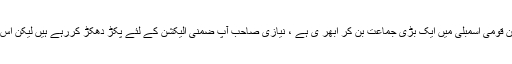
ان کاکہنا تھا کہ مسلم لیگ ن قومی اسمبلی میں ایک بڑی جماعت بن کر ابھر ی ہے ، نیازی صاحب آپ ضمنی الیکشن کے لئے پکڑ دھکڑ کررہے ہیں لیکن اس طرح حکومتیں نہیں چلتیں۔